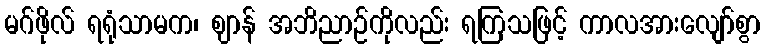
မဂ်ဖိုလ် ရရုံသာမက၊ ဈာန် အဘိညာဉ်ကိုလည်း ရကြသဖြင့် ကာလအားလျော်စွာ